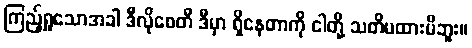
ကြည့်ရှုသောအခါ ဒီလိုစေတီ ဒီမှာ ရှိနေတာကို ငါတို့ သတိမထားမိဘူး။